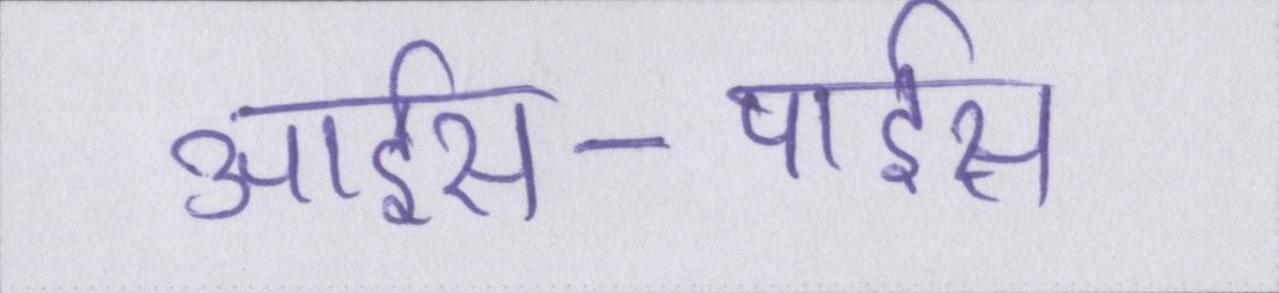
आईस-पाईस